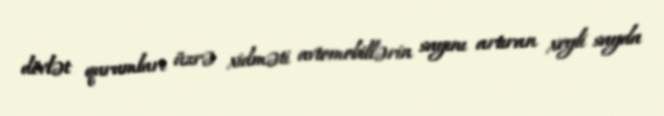
dövlət qurumları üzrə xidməti avtomobillərin sayını artıran xeyli sayda